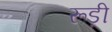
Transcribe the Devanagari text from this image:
रूड़ी